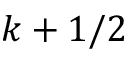
k + 1 / 2